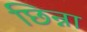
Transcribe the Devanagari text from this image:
छिन्ना